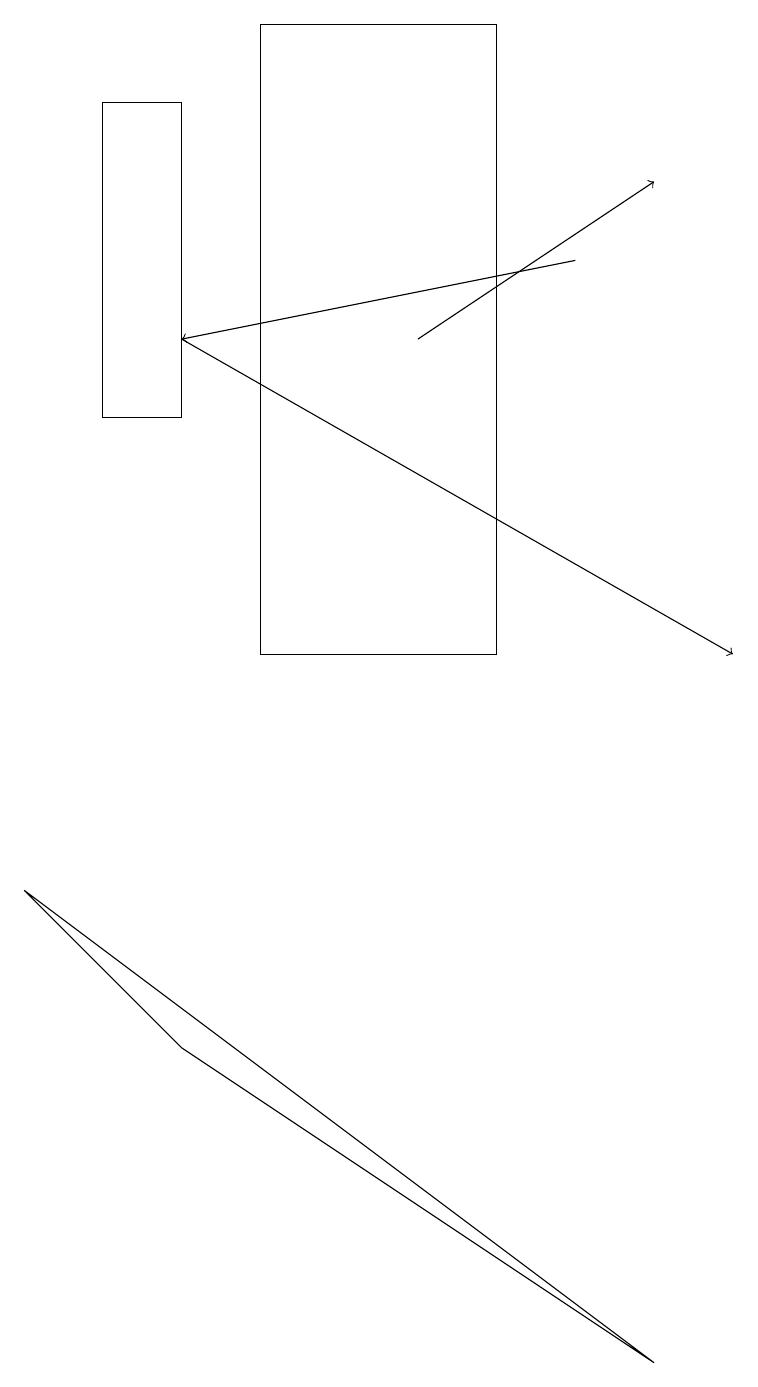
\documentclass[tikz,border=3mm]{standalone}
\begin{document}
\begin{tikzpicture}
\draw (0,7) -- (2,5) -- (8,1) -- cycle;
\draw (3,18) rectangle (6,10);
\draw[->] (2,14) -- (9,10);
\draw[->] (5,14) -- (8,16);
\draw[->] (7,15) -- (2,14);
\draw (2,13) rectangle (1,17);
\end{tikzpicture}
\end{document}